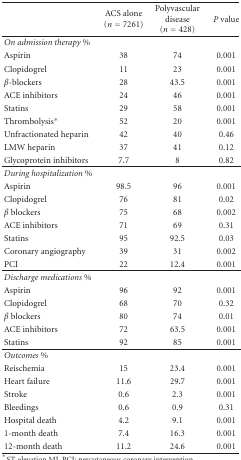
|  | ACS alone (n = 7261) | Polyvascular disease (n = 428) | P value |
 | --- | --- | --- | --- |
 | On admission therapy % |  |  |  |
 | Aspirin | 38 | 74 | 0.001 |
 | Clopidogrel | 11 | 23 | 0.001 |
 | β-blockers | 28 | 43.5 | 0.001 |
 | ACE inhibitors | 24 | 46 | 0.001 |
 | Statins | 29 | 58 | 0.001 |
 | Thrombolysis* | 52 | 20 | 0.001 |
 | Unfractionated heparin | 42 | 40 | 0.46 |
 | LMW heparin | 37 | 41 | 0.12 |
 | Glycoprotein inhibitors | 7.7 | 8 | 0.82 |
 | During hospitalization % |  |  |  |
 | Aspirin | 98.5 | 96 | 0.001 |
 | Clopidogrel | 76 | 81 | 0.02 |
 | β blockers | 75 | 68 | 0.002 |
 | ACE inhibitors | 71 | 69 | 0.31 |
 | Statins | 95 | 92.5 | 0.03 |
 | Coronary angiography | 39 | 31 | 0.002 |
 | PCI | 22 | 12.4 | 0.001 |
 | Discharge medications % |  |  |  |
 | Aspirin | 96 | 92 | 0.001 |
 | Clopidogrel | 68 | 70 | 0.32 |
 | β blockers | 80 | 74 | 0.01 |
 | ACE inhibitors | 72 | 63.5 | 0.001 |
 | Statins | 92 | 85 | 0.001 |
 | Outcomes % |  |  |  |
 | Reischemia | 15 | 23.4 | 0.001 |
 | Heart failure | 11.6 | 29.7 | 0.001 |
 | Stroke | 0.6 | 2.3 | 0.001 |
 | Bleedings | 0.6 | 0.9 | 0.31 |
 | Hospital death | 4.2 | 9.1 | 0.001 |
 | 1-month death | 7.4 | 16.3 | 0.001 |
 | 12-month death | 11.2 | 24.6 | 0.001 |